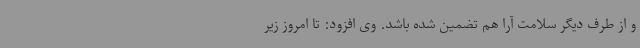
و از طرف دیگر سلامت آرا هم تضمین شده باشد. وی افزود: تا امروز زیر